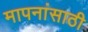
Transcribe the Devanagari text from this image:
मापनांसाठी